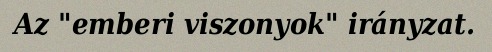
Az "emberi viszonyok" irányzat.